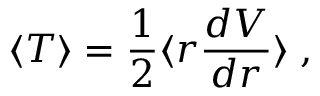
\langle T \rangle = \frac { 1 } { 2 } \langle r \frac { d V } { d r } \rangle \; ,